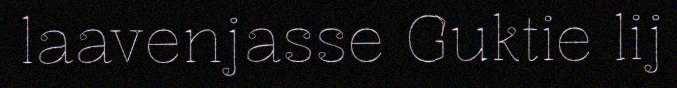
laavenjasse Guktie lij